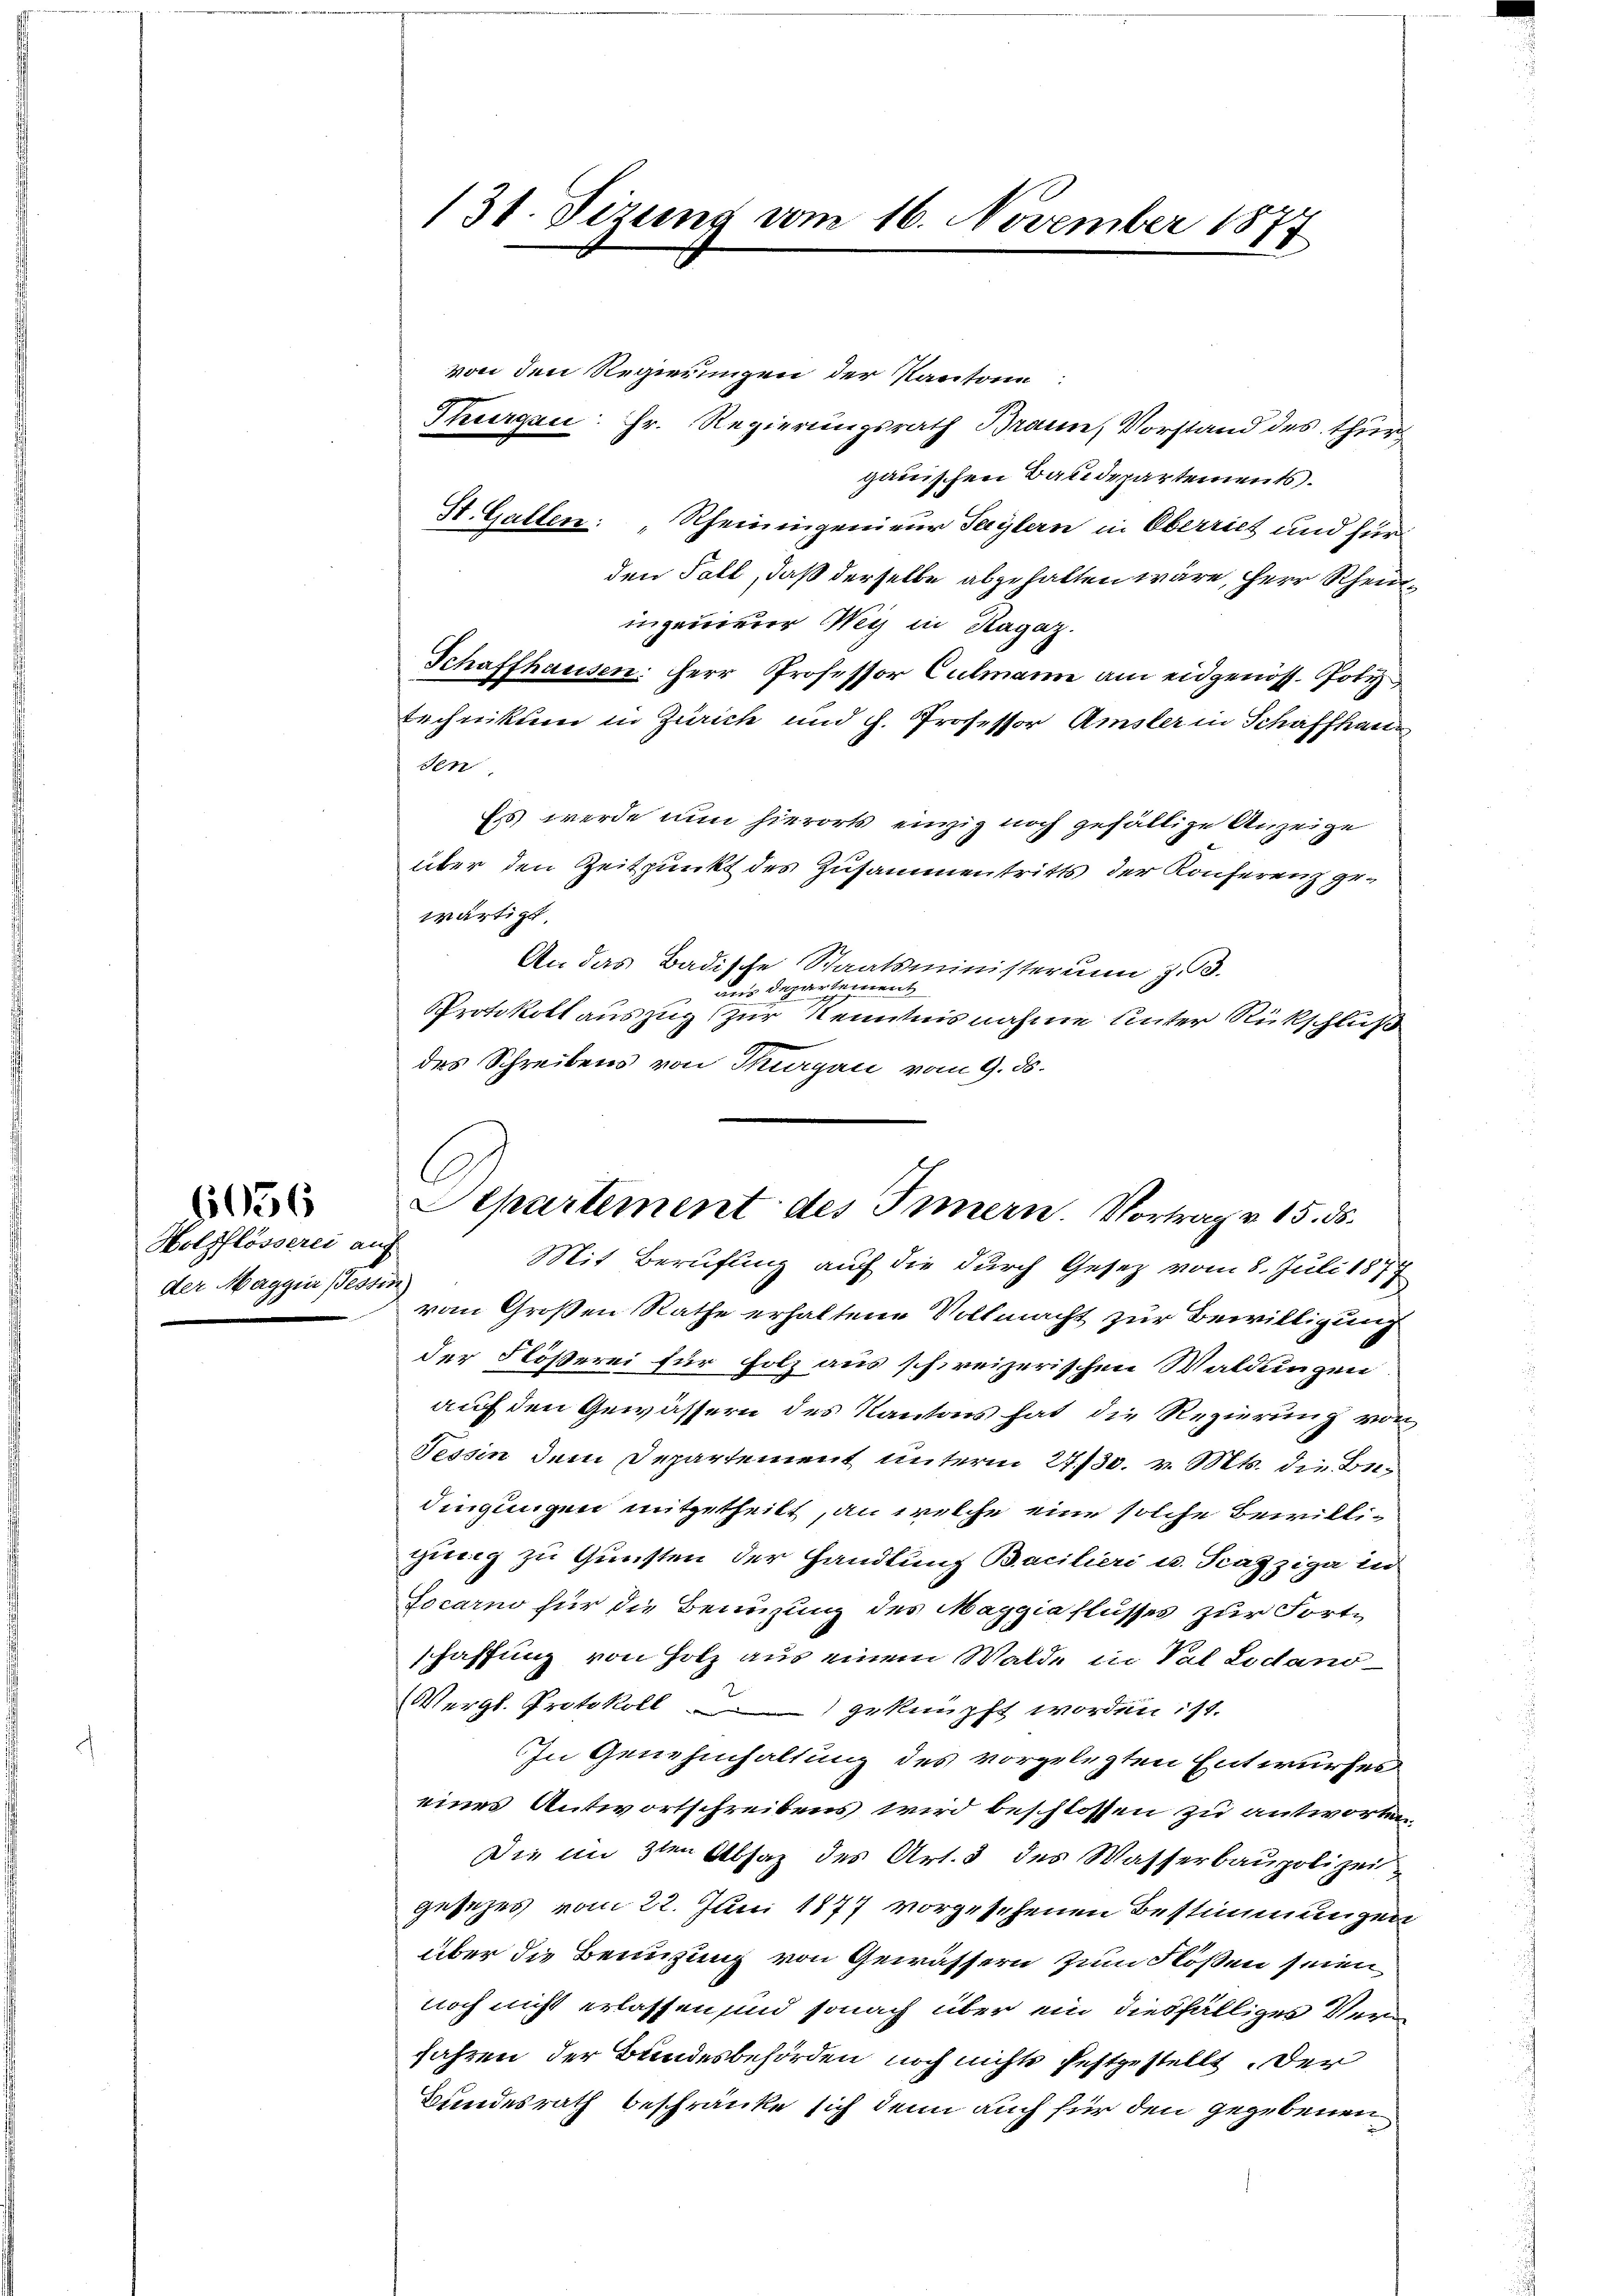
Holzflösserei auf
der Magguer Tessin

1636

131. Vizung vom 16. November 1877

von den Regierungen der Kantone.
Thurgau: Hr. Regierungsrath Brann, Vorstand des thur
gauischen Baudepartements.
St. Gallen: "Rheiningenieur Saylern in Oberriet und für
den Fall, daß derselbe abgehalten wäre, Herr Rheiningernerer Weg in Ragaz
Schaffhausen: Herr Professor Culmann am eidgenöss. Polytechnikum in Zürich und h. Professor Amsler in Schaffhau
sen
Es werde nun hierorts einzig noch gefällige Anzeige
über den Zeitpunkt des Zusammentritts der Konferenz gewärtigt.
An das Badische Staatsministerum z. B.
aus Departement
Protokoll auszug zur Kenntnis nahme unter Rückschluß
des Schreibens von Thurgau vom 9. ds.
von Großen Rathe erhaltene Vollmacht zur Bewilligung
der Flößerei für Holz aus schreizerischen Waldungen
auf den Gewässern des Kantons hat die Regierung von
Tessin dem Departement unterm 27./30. v. Mts. die Bedingungen mitgetheilt, an welche eine solche Bewilligung zu Gunsten der Handlung Bacilieri u. Scazziga in
Jocarno für die Benuzung des Maggiaflusses zur Fortschaffung von Holz aus einem Walde in Val Lodano¬
Vergl. Protokoll geknüpft worden ist.
In Genehmhaltung des vorgelegten Entwurfes
eines Antwortschreibens wird beschlossen zu antworten
Die im 3ten Absatz des Art. 3 des Wasserbaupolizei
gesezes vom 22. Juni 1877 vorgesehenen Bestimmungen
über die Benuzung von Gewässern zum Flößen seien
noch nicht erlassen und sonach über ein diesfälliger Verjahren der Bundesbehörden noch nichts festgestellt der
Bundesrath beschränke sich denn auch für den gegebenen

Aepartement des Innern. Vortrag v. 15. ds.
Mit Berufling auf die durch Gesetz vom 8. Juli 1879